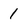
Character: 1